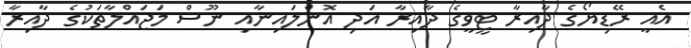
އެއީ ރޭޑިޔޯގެ ދާއިރާ ޓީވީގެ ދާއިރާ އަދި އޮންލައިނާއި ނޫސް މަޖައްލާތަކުގެ ދާއިރާ